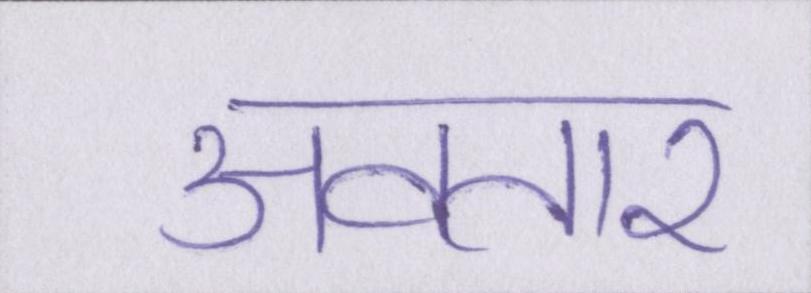
अवतार